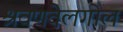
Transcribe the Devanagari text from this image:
श्रवणवेलगोल